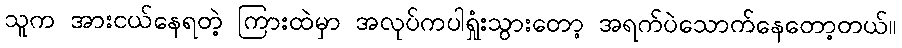
သူက အားငယ်နေရတဲ့ ကြားထဲမှာ အလုပ်ကပါရှုံးသွားတော့ အရက်ပဲသောက်နေတော့တယ်။